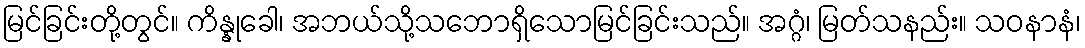
မြင်ခြင်းတို့တွင်။ ကိန္နုခေါ၊ အဘယ်သို့သဘောရှိသောမြင်ခြင်းသည်။ အဂ္ဂံ၊ မြတ်သနည်း။ သဝနာနံ၊